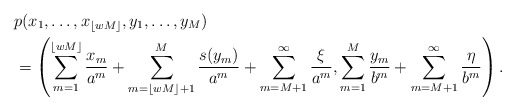
\begin{align*} & p(x_1, \dots, x_{\lfloor wM\rfloor}, y_1, \dots, y_M) \\ & = \left(\sum_{m=1}^{\lfloor wM\rfloor} \frac{x_m}{a^m} + \sum_{m=\lfloor wM\rfloor +1}^M \frac{s(y_m)}{a^m} + \sum_{m=M+1}^\infty \frac{\xi}{a^m}, \sum_{m=1}^M \frac{y_m}{b^m} + \sum_{m=M+1}^\infty \frac{\eta}{b^m}\right). \end{align*}